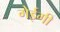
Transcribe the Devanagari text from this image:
गेईगी